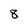
Character: 8